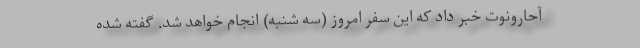
آحارونوت خبر داد که این سفر امروز (سه شنبه) انجام خواهد شد. گفته شده